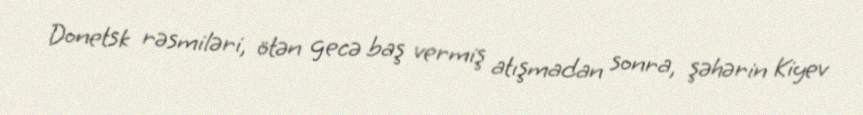
Donetsk rəsmiləri, ötən gecə baş vermiş atışmadan sonra, şəhərin Kiyev